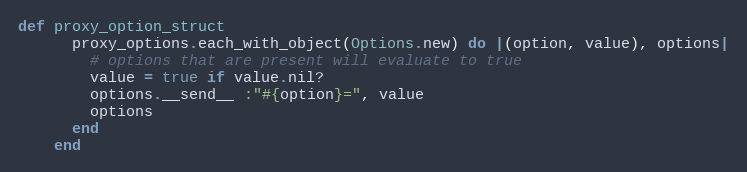
Language: Ruby
def proxy_option_struct
      proxy_options.each_with_object(Options.new) do |(option, value), options|
        # options that are present will evaluate to true
        value = true if value.nil?
        options.__send__ :"#{option}=", value
        options
      end
    end